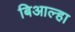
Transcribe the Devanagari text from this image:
बिआल्हा